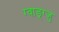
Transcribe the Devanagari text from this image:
ग्वाङ्ग्जु